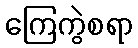
ကြေကွဲစရာ